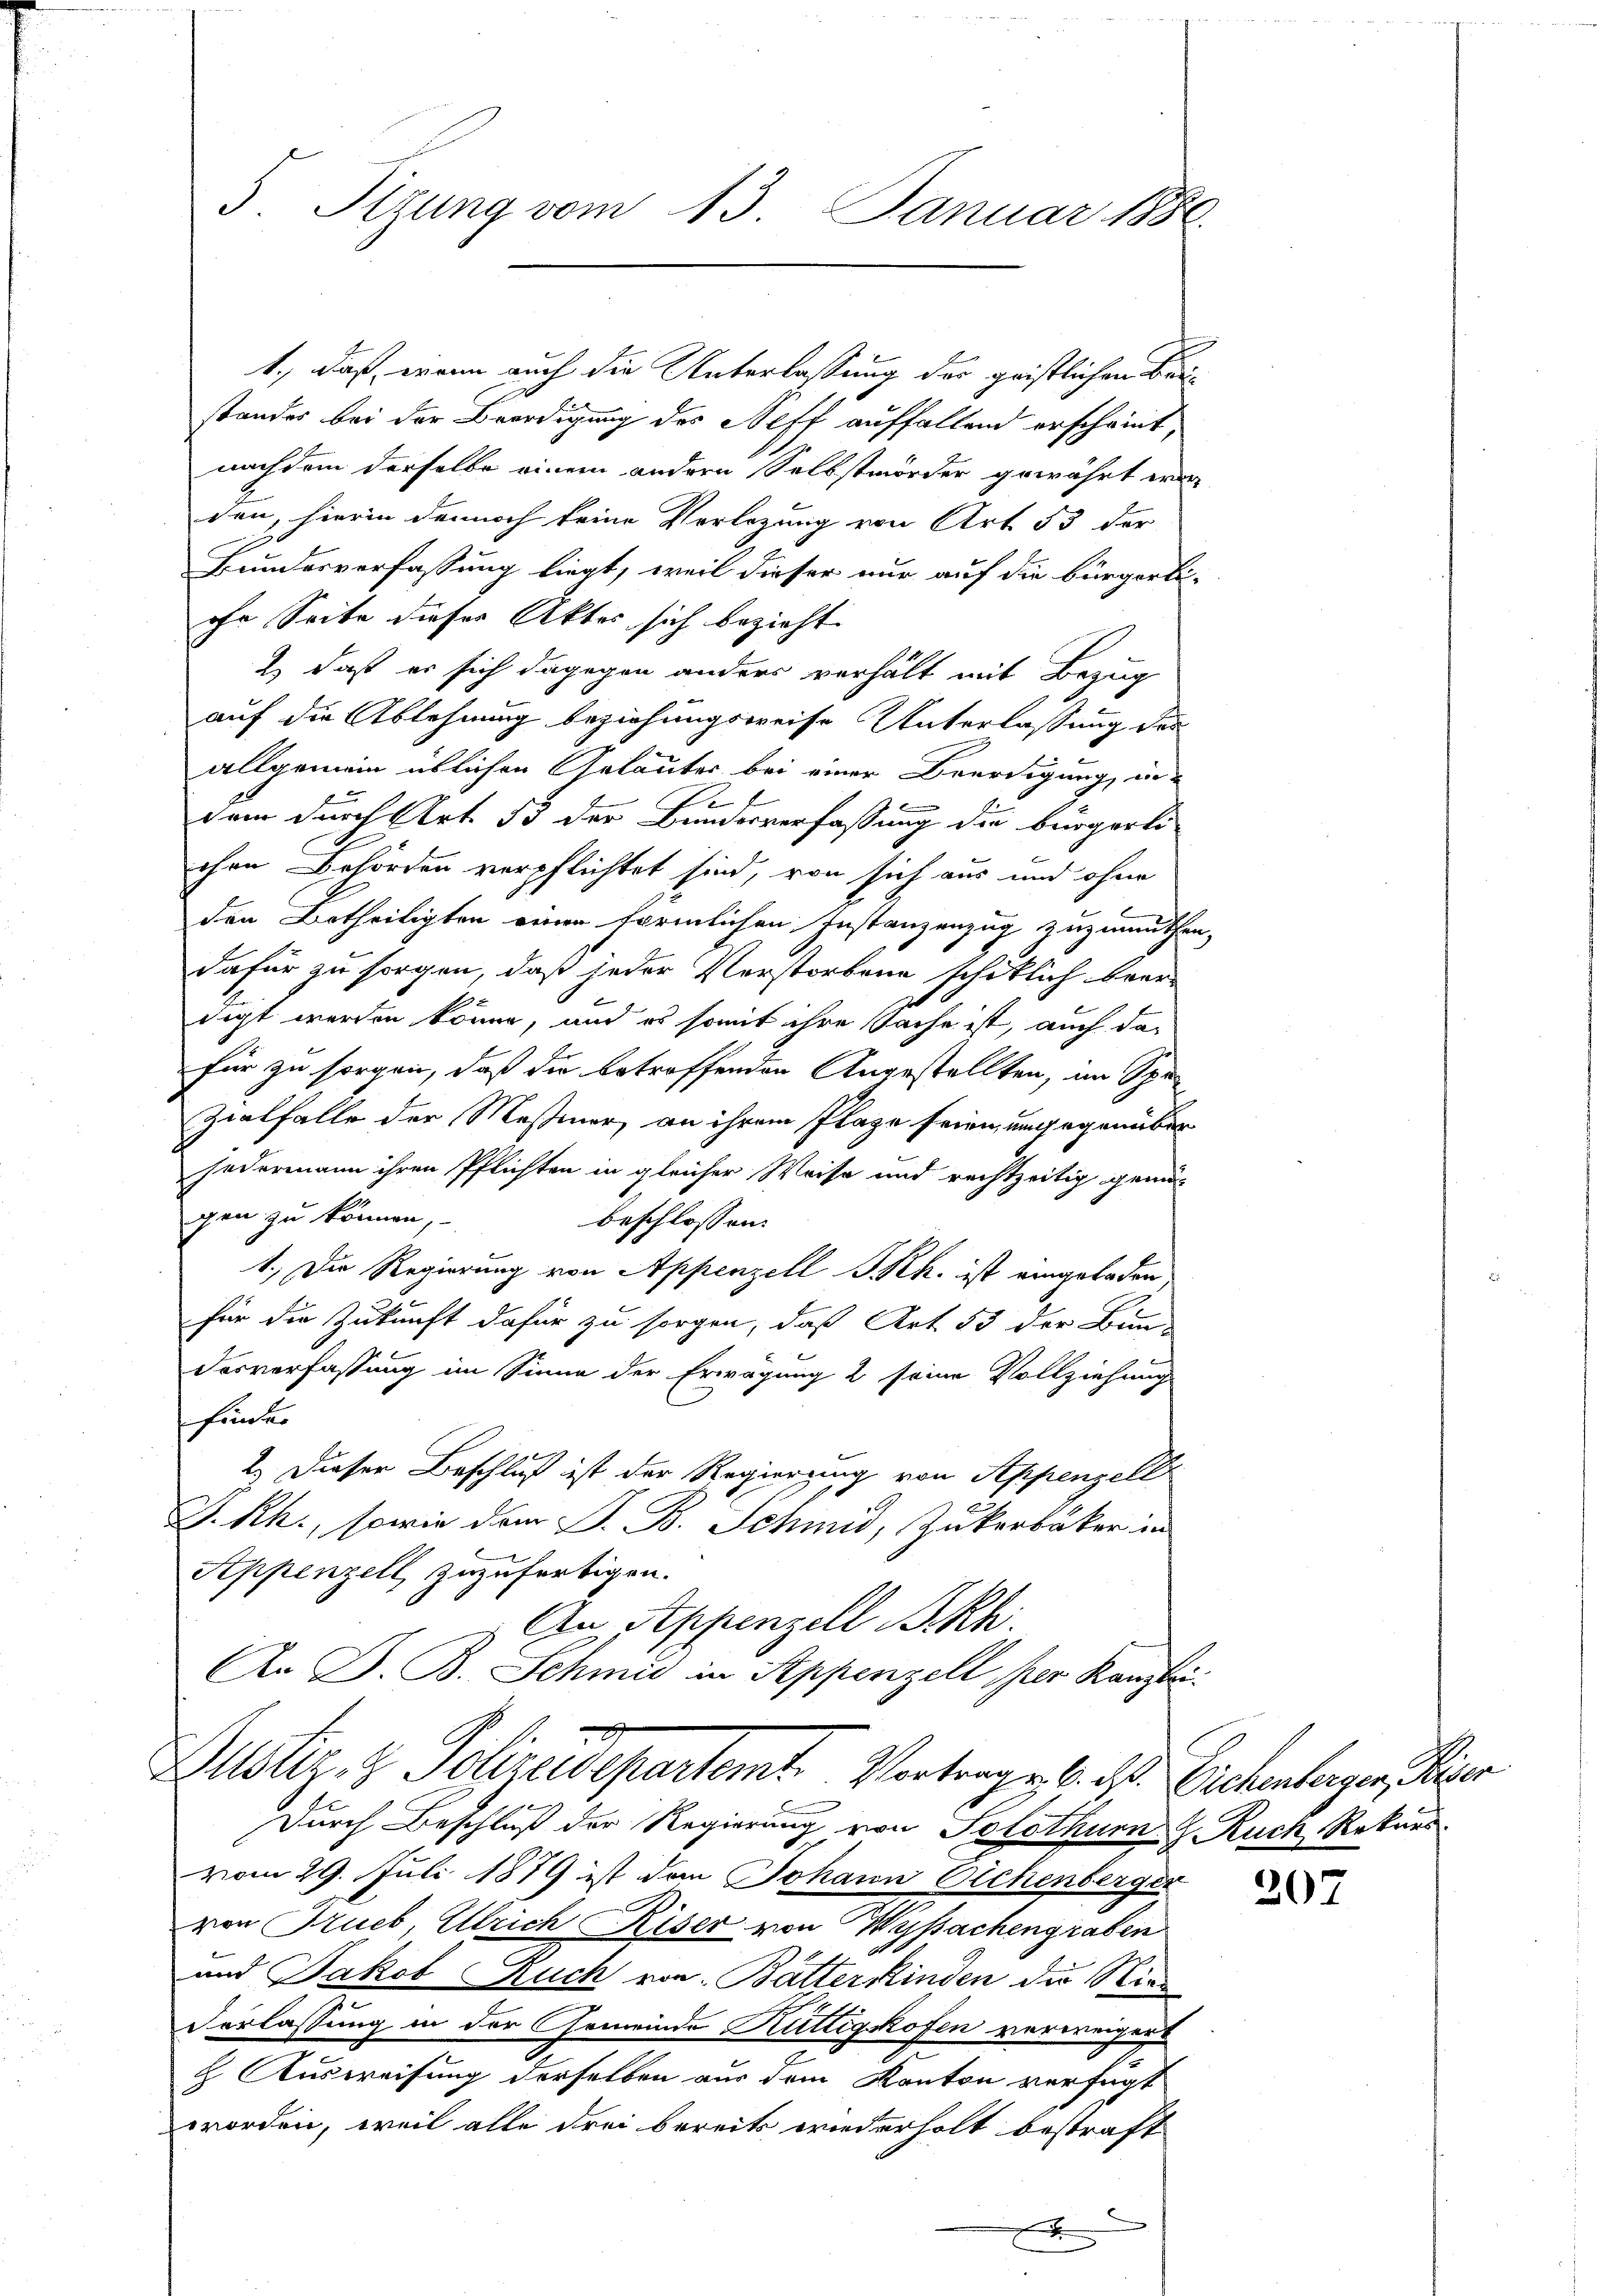
5. Sizung vom 13. Januar 1886.

2
Dustiz- & Polizeidepartemt Vortrag u. 6. ds. Eichenberger, Keiser

1., daß, wenn auch die Unterlassung der gristlichen Bestandes bei der Beerdigung des Neff auffallend erscheint,
nachdem derselbe einem anderen Selbstmörder gewährt wer
den, hierin dennoch keine Verlegung von Art. 53 der
Bundesverfassung liegt, weil dieser nur auf die bürgerli-
ihr Seite dieser Aktes sich bezieht.
2) daß er sich dagegen anders verhält mit Bezug
auf die Ablehnung beziehungsweise Unterlassung des
allgemein üblichen Geläuter bei einer Beerdigung, in
f
dem durch Art. 53 der Bundesverfassung die bürgerli-
chen Behörden verpflichtet sind, von sich aus und ohne
den Betheiligten einen förmlichen Instanzenzug zuzumuthen,
dafür zu sorgen, daß jeder Verstorbene schiklich beer-
digt werden könne, und es somit ihre Sache ist, auch das
für zu sorgen, daß die betroffenden Angestellten, im Spe¬
Zialfalle der Messiner, an ihrem Plaze feien, angegenüber
Federmann ihren Pflichten in gleicher Weise und rechtzeitig gemä-
gen zu können,
beschlossen:
1.) Die Regierung von Appenzell I.Rh. ist eingeladen,
für die Zukunft dafür zu sorgen, daß Art. 53 der Bun-
Dasverfassung im Sinne der Erwägung 2 seine Vollziehung
finder
2.) Dieser Beschluß ist der Regierung von Appenzell
F. Rh., sowie dem P. B. Schmid, Zukerbaker in
Appenzell zuzufertigen.
An Appenzell Bikh.
An D. B. Schmid in Appenzell per Kanzlei:

Durch Beschluß der Regierung von Solothurn J. Ruch, Rekurs
vom 29. Juli 1879 ist den Johann Eichenberger
von Trueb, Ulrich Riser von Wyssachengraben
und Jakob Ruch von Batterkinden die Ries
Vorlassung in der Gemeinde Kuttigskofen verweigen
h Ausweisung derselben aus dem Kanton verfügt
worden, weil alle drei bereits wiederholt bestraft
F

207